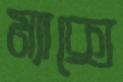
ম্যাক্সে